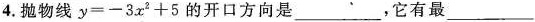
4.抛物线$$y = - 3 x ^ { 2 } + 5$$的开口方向是___，它有最___